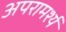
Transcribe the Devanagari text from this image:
अपरामर्श्य